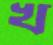
খ